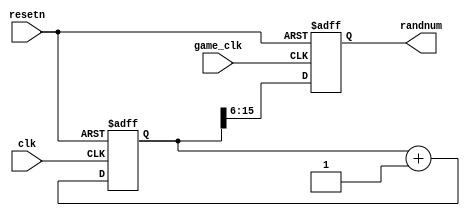
// take least 10 bits of board clock as random number
module random_generator (clk, game_clk, resetn, randnum);
	input		clk, game_clk, resetn;
	output 	[9:0] randnum;
	reg		[9:0]	randnum;
	reg		[31:0] cnt;
	
	initial begin
		randnum <= 10'b0;
		cnt <= 0;
	end
	
	always @ (posedge clk or negedge resetn)
		begin
			if (!resetn) begin
				cnt <= 0;
			end
			else begin
				cnt <= cnt + 1;
			end
		end
	
	always @ (posedge game_clk or negedge resetn)
		begin
			if (!resetn) begin
				randnum <= 10'b0;
			end
			else begin
				randnum <= cnt[15:6];
			end
		end
endmodule